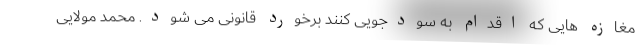
مغازه هایی که اقدام به سودجویی کنند برخورد قانونی می شود. محمد مولایی